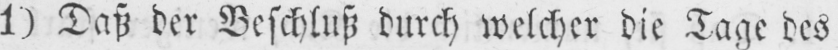
1) Daß der Beschluß durch welcher die Tage des